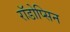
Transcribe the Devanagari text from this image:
रॉडोप्सिन